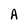
Character: A